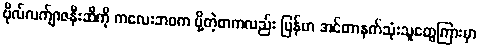
ဗိုလ်လက်ျာဇနီးဆီကို ကလေးဘဝက ပို့တဲ့စာကလည်း မြန်မာ အင်တာနက်သုံးသူတွေကြားမှာ